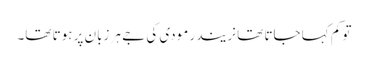
تو کم کہا جاتا تھا نریندر مودی کی جے ہر زبان پر ہوتا تھا۔